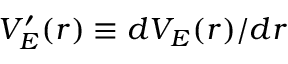
V _ { E } ^ { \prime } ( r ) \equiv d V _ { E } ( r ) / d r